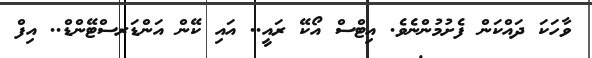
ވާހަކަ ދައްކަން ފެށުމުންނެވެ. އިޓްސް އޯކޭ ރައީ.. އައި ކޭން އަންޑަރސްޓޭންޑް.. އިފް